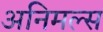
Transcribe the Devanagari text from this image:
अनिमल्स